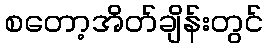
စတော့အိတ်ချိန်းတွင်